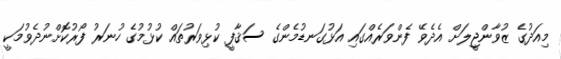
މިއަދުގެ ޒުވާންޖީލަށް އެދެވޭ ފެންވަރެއްގައި އަޅުގަނޑުމެންގެ ސަޤާފީ ކުޅިވަރުތައް ކުޅުމުގެ ހުނަރު ފޯރުކޮށްނުދެވުމަކީ